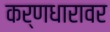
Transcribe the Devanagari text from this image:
कर्णधारावर